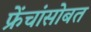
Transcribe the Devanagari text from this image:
फ्रेंचांसोबत